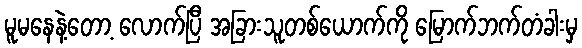
မူမနေနဲ့တော့ လောက်ပြီ အခြားသူတစ်ယောက်ကို မြောက်ဘက်တံခါးမှ